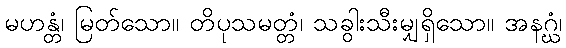
မဟန္တံ၊ မြတ်သော။ တိပုသမတ္တံ၊ သခွါးသီးမျှရှိသော။ အနဂ္ဃံ၊